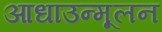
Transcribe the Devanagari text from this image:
आधाउन्मूलन